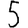
Digit: 5